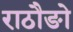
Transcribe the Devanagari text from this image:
राठौङो